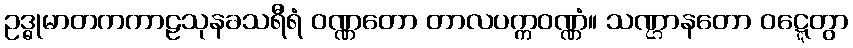
ဥဒ္ဓုမာတကကာဠသုနခသရီရံ ဝဏ္ဏတော တာလပက္ကဝဏ္ဏံ။ သဏ္ဌာနတော ဝဋ္ဋေတွာ